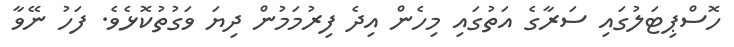
ހޮސްޕިޓަލުގައި ސަރާގެ އަތުގައި މިހެން އިދެ ފިރުމަމުން ދިޔަ ވަގުތުކޮޅެވެ. ފަހު ނޭވާ